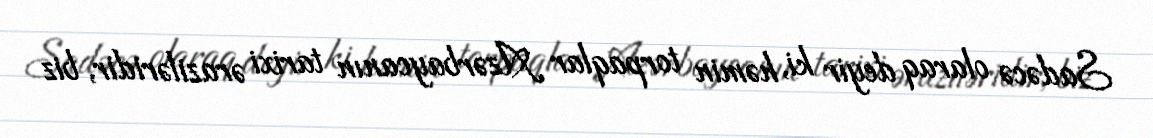
Sadəcə olaraq deyir ki, həmin torpaqlar Azərbaycanın tarixi əraziləridir, biz